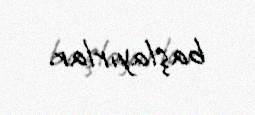
başlayırlar.